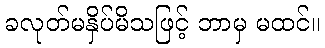
ခလုတ်မနှိပ်မိသဖြင့် ဘာမှ မထင်။